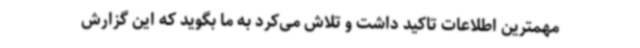
مهمترین اطلاعات تاکید داشت و تلاش می‌کرد به ما بگوید که این گزارش